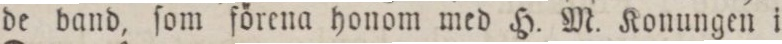
de band, ſom förena honom med H. M. Konungen i